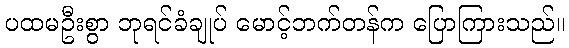
ပထမဦးစွာ ဘုရင်ခံချုပ် မောင့်ဘက်တန်က ပြောကြားသည်။